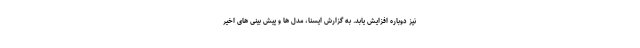
نیز دوباره افزایش یابد. به گزارش ایسنا، مدل ها و پیش بینی های اخیر